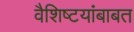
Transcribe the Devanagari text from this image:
वैशिष्टयांबाबत